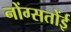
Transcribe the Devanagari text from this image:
नोंग्सतोंई